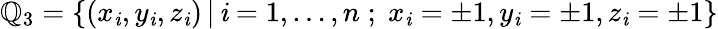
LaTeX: {\mathbb{Q}}_{3}=\{ (x_{\mathit{i}},y_{\mathit{i}},z_{\mathit{i}})\, |\, \mathit{i}=1,\ldots,n\; ;\; x_{\mathit{i}}=\pm1,y_{\mathit{i}}=\pm1,z_{\mathit{i}}=\pm1\}